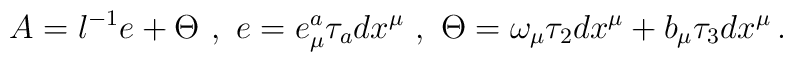
A=l^{-1}e+\Theta\ , \ e=e^a_\mu\tau_a dx^\mu\ ,\ \Theta=\omega_\mu \tau_2dx^\mu + b_\mu \tau_3 dx^\mu \,.